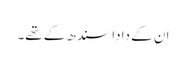
ان کے دادا سندھ کے تھے۔